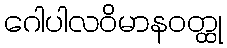
ဂေါပါလဝိမာနဝတ္ထု